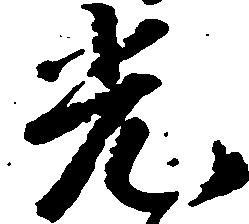
光